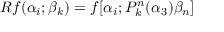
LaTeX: R f ( \alpha _ { i } ; \beta _ { k } ) = f [ \alpha _ { i } ; P _ { k } ^ { n } ( \alpha _ { 3 } ) \beta _ { n } ]